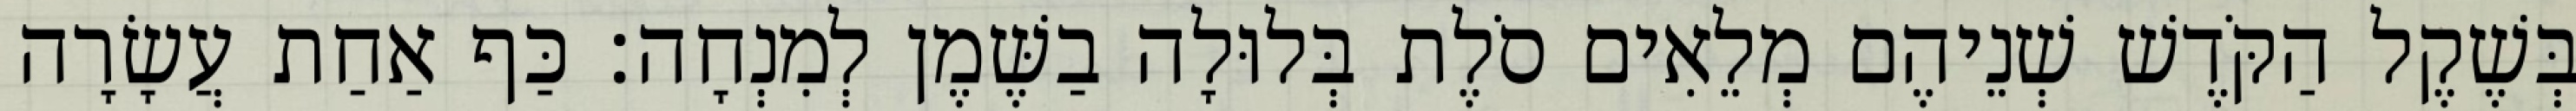
בְּשֶׁקֶל הַקֹּדֶשׁ שְׁנֵיהֶם מְלֵאִים סֹלֶת בְּלוּלָה בַשֶּׁמֶן לְמִנְחָה׃ כַּף אַחַת עֲשָׂרָה